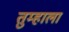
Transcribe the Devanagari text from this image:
तुम्‍हाला